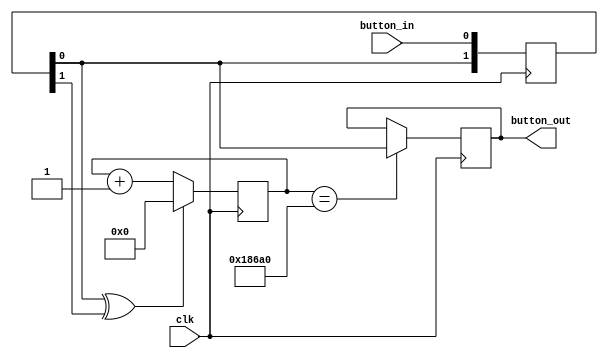
`timescale 1ns / 1ps

// use 20ms as a counter
module counter_down(
    input clk,
    input button_in,
    output button_out
);

reg [16:0] cnt;                         // ??
wire key_clk;
reg out;
reg [1:0] record = 2'b00;

always @ (posedge clk) begin
    record <= {record[0], button_in};
end

assign key_clk = record[0] ^ record[1];

always @(posedge clk) begin
    if(key_clk == 1) begin
        cnt <= 0;
    end
    else begin
        cnt <= cnt + 1'b1;
    end
end

always @(posedge clk) begin
    if(cnt == 10_0000) begin
        out <= record[0];
    end
end

assign button_out = out;

endmodule